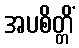
အပစိတ္တိံ